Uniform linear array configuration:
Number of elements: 8
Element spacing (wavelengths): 1
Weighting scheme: cosine
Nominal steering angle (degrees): -60
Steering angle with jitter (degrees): -61.564
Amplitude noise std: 0.05
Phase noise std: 0.05

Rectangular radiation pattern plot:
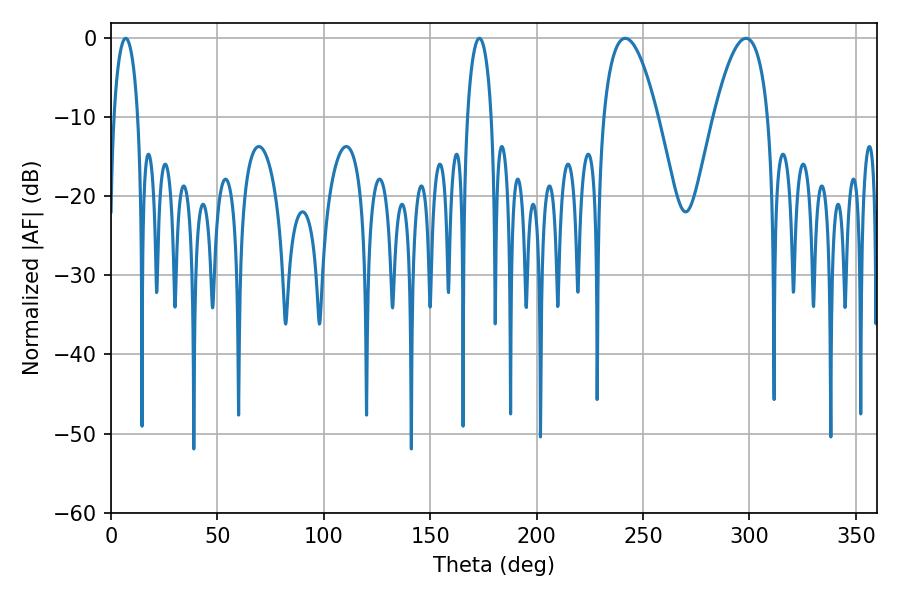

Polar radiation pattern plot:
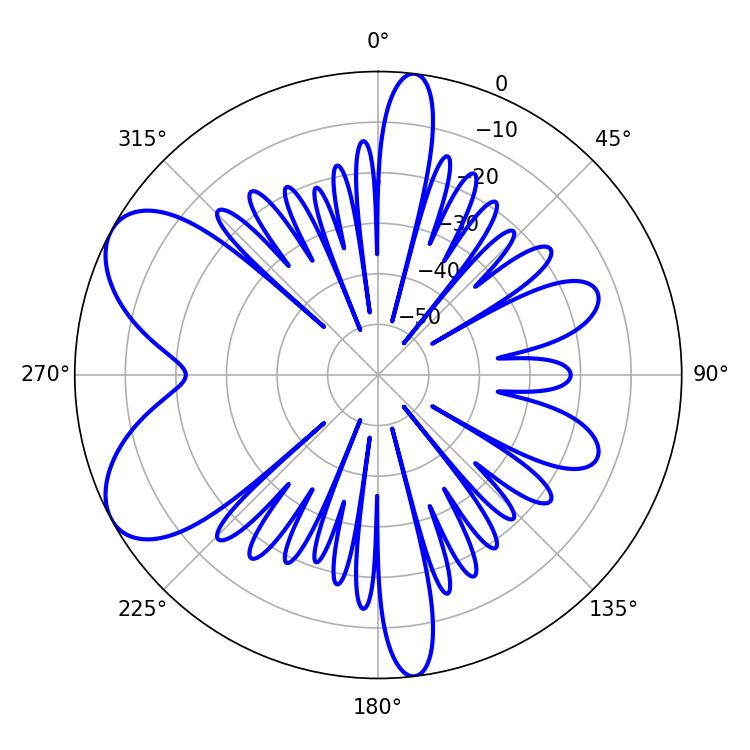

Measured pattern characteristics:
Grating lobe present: TRUE
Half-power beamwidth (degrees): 14.04
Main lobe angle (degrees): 241.56